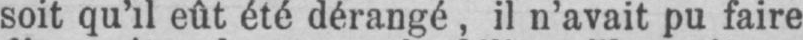
soit qu’il eût été dérangé, il n’avait pu faire